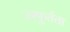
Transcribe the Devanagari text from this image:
उस्फुर्तता